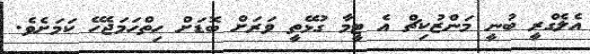
އެލެގްރީ ބުނީ މަންޒުކިޗް އެ ޓީމާ ގުޅޭތީ ވަރަށް ބޮޑަށް ހިތްހަމަޖެހޭ ކަމަށެވެ.